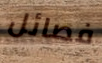
فصائل